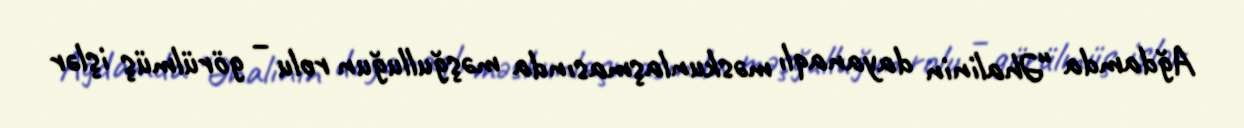
Ağdamda “Əhalinin dayanaqlı məskunlaşmasında məşğulluğun rolu – görülmüş işlər